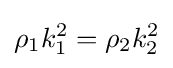
\rho _{1}k_{1}^{2}=\rho _{2}k_{2}^{2}